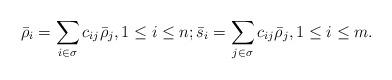
LaTeX: \begin{align*}\bar{\rho}_i=\sum\limits_{i\in\sigma}c_{ij}\bar{\rho}_j, 1\leq i\leq n; \bar{s}_{i}=\sum\limits_{j\in \sigma}c_{ij}\bar{\rho}_j, 1\leq i \leq m.\end{align*}